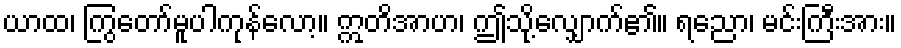
ယာထ၊ ကြွတော်မူပါကုန်လော့။ ဣတိအာဟ၊ ဤသို့လျှောက်၏။ ရညော၊ မင်းကြီးအား။